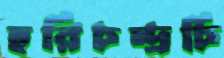
হরিচন্দ্রচি